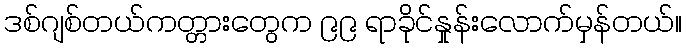
ဒစ်ဂျစ်တယ်ကတ္တားတွေက ၉၉ ရာခိုင်နှုန်းလောက်မှန်တယ်။